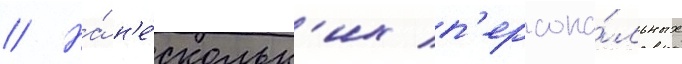
// На́ н'е́скольк'их п'ерсона́льных